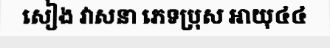
សៀង វាសនា ភេទប្រុស អាយុ៤៤